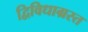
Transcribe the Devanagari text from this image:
द्विविधाग्रस्त